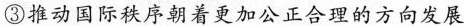
③推动国际秩序朝着更加公正合理的方向发展